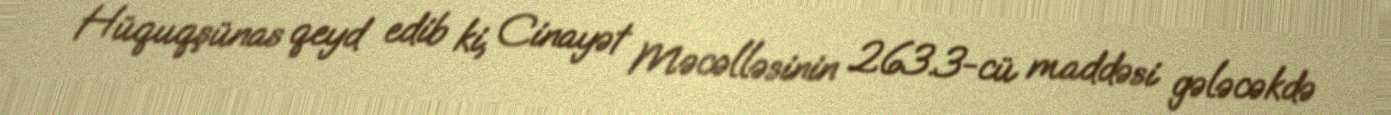
Hüquqşünas qeyd edib ki, Cinayət Məcəlləsinin 263.3-cü maddəsi gələcəkdə